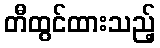
တီထွင်ထားသည့်